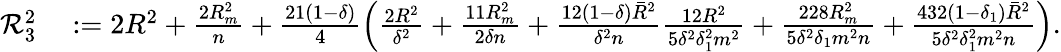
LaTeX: \begin{array}{rl}{{\cal R}_{3}^{2}}&{\; {:=}\; 2R^{2}+\frac{2R_{m}^{2}}{n}+\frac{21(1-\delta)}{4}\left(\frac{2R^{2}}{\delta^{2}}+\frac{11R_{m}^{2}}{2\delta n}+\frac{12(1-\delta){\bar{R}}^{2}}{\delta^{2}n}\frac{12R^{2}}{5\delta^{2}\delta_{1}^{2}m^{2}}+\frac{228R_{m}^{2}}{5\delta^{2}\delta_{1}m^{2}n}+\frac{432(1-\delta_{1}){\bar{R}}^{2}}{5\delta^{2}\delta_{1}^{2}m^{2}n}\right).}\end{array}